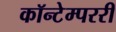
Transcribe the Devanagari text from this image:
कॉन्टेम्पररी